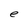
Character: e